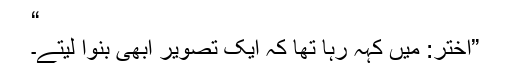
“
”اختر: میں کہہ رہا تھا کہ ایک تصویر ابھی بنوا لیتے۔